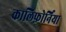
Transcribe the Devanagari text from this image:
कालिफ़ोर्निया